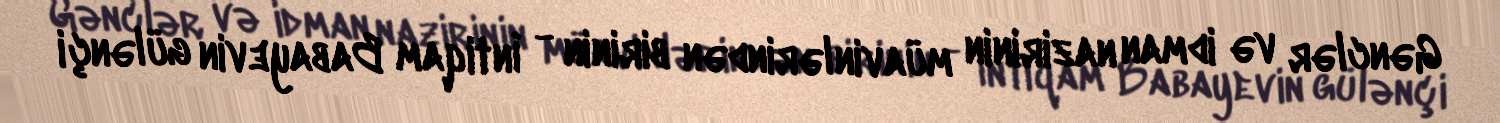
Gənclər və idman nazirinin müavinlərindən birinin - İntiqam Babayevin gülənçi